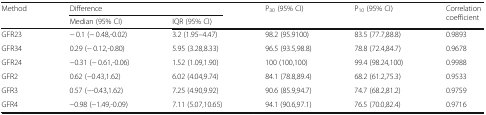
| <ROWSPAN=2> Method | <COLSPAN=2> Difference | <ROWSPAN=2> P30 (95% CI) | <ROWSPAN=2> P10 (95% CI) | <ROWSPAN=2> Correlation coefficient |
 | Median (95% CI) | IQR (95% CI) |
 | --- | --- | --- | --- | --- | --- |
 | GFR23 | − 0.1 (− 0.48,-0.02) | 3.2 (1.95–4.47) | 98.2 (95.9100) | 83.5 (77.7,88.8) | 0.9893 |
 | GFR34 | 0.29 (− 0.12,-0.80) | 5.95 (3.28,8.33) | 96.5 (93.5,98.8) | 78.8 (72.4,84.7) | 0.9678 |
 | GFR24 | −0.31 (− 0.61,-0.06) | 1.52 (1.09,1.90) | 100 (100,100) | 99.4 (98.24,100) | 0.9988 |
 | GFR2 | 0.62 (−0.43,1.62) | 6.02 (4.04,9.74) | 84.1 (78.8,89.4) | 68.2 (61.2,75.3) | 0.9533 |
 | GFR3 | 0.57 (−-0.43,1.62) | 7.25 (4.90,9.92) | 90.6 (85.9,94.7) | 74.7 (68.2,81.2) | 0.9759 |
 | GFR4 | −0.98 (−1.49,-0.09) | 7.11 (5.07,10.65) | 94.1 (90.6,97.1) | 76.5 (70.0,82.4) | 0.9716 |